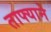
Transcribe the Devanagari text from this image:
ताफ्याने